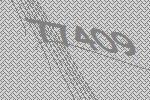
77409